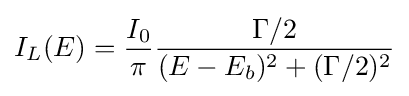
I_{L}(E)={\frac {I_{0}}{\pi }}{\frac {\Gamma /2}{(E-E_{b})^{2}+(\Gamma /2)^{2}}}